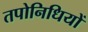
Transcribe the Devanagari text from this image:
तपोनिधियों